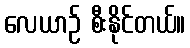
လေယာဉ် စီးနိုင်တယ်။